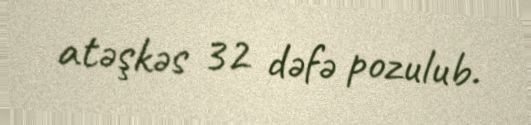
atəşkəs 32 dəfə pozulub.